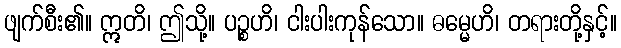
ဖျက်စီး၏။ ဣတိ၊ ဤသို့။ ပဉ္စဟိ၊ ငါးပါးကုန်သော။ ဓမ္မေဟိ၊ တရားတို့နှင့်။